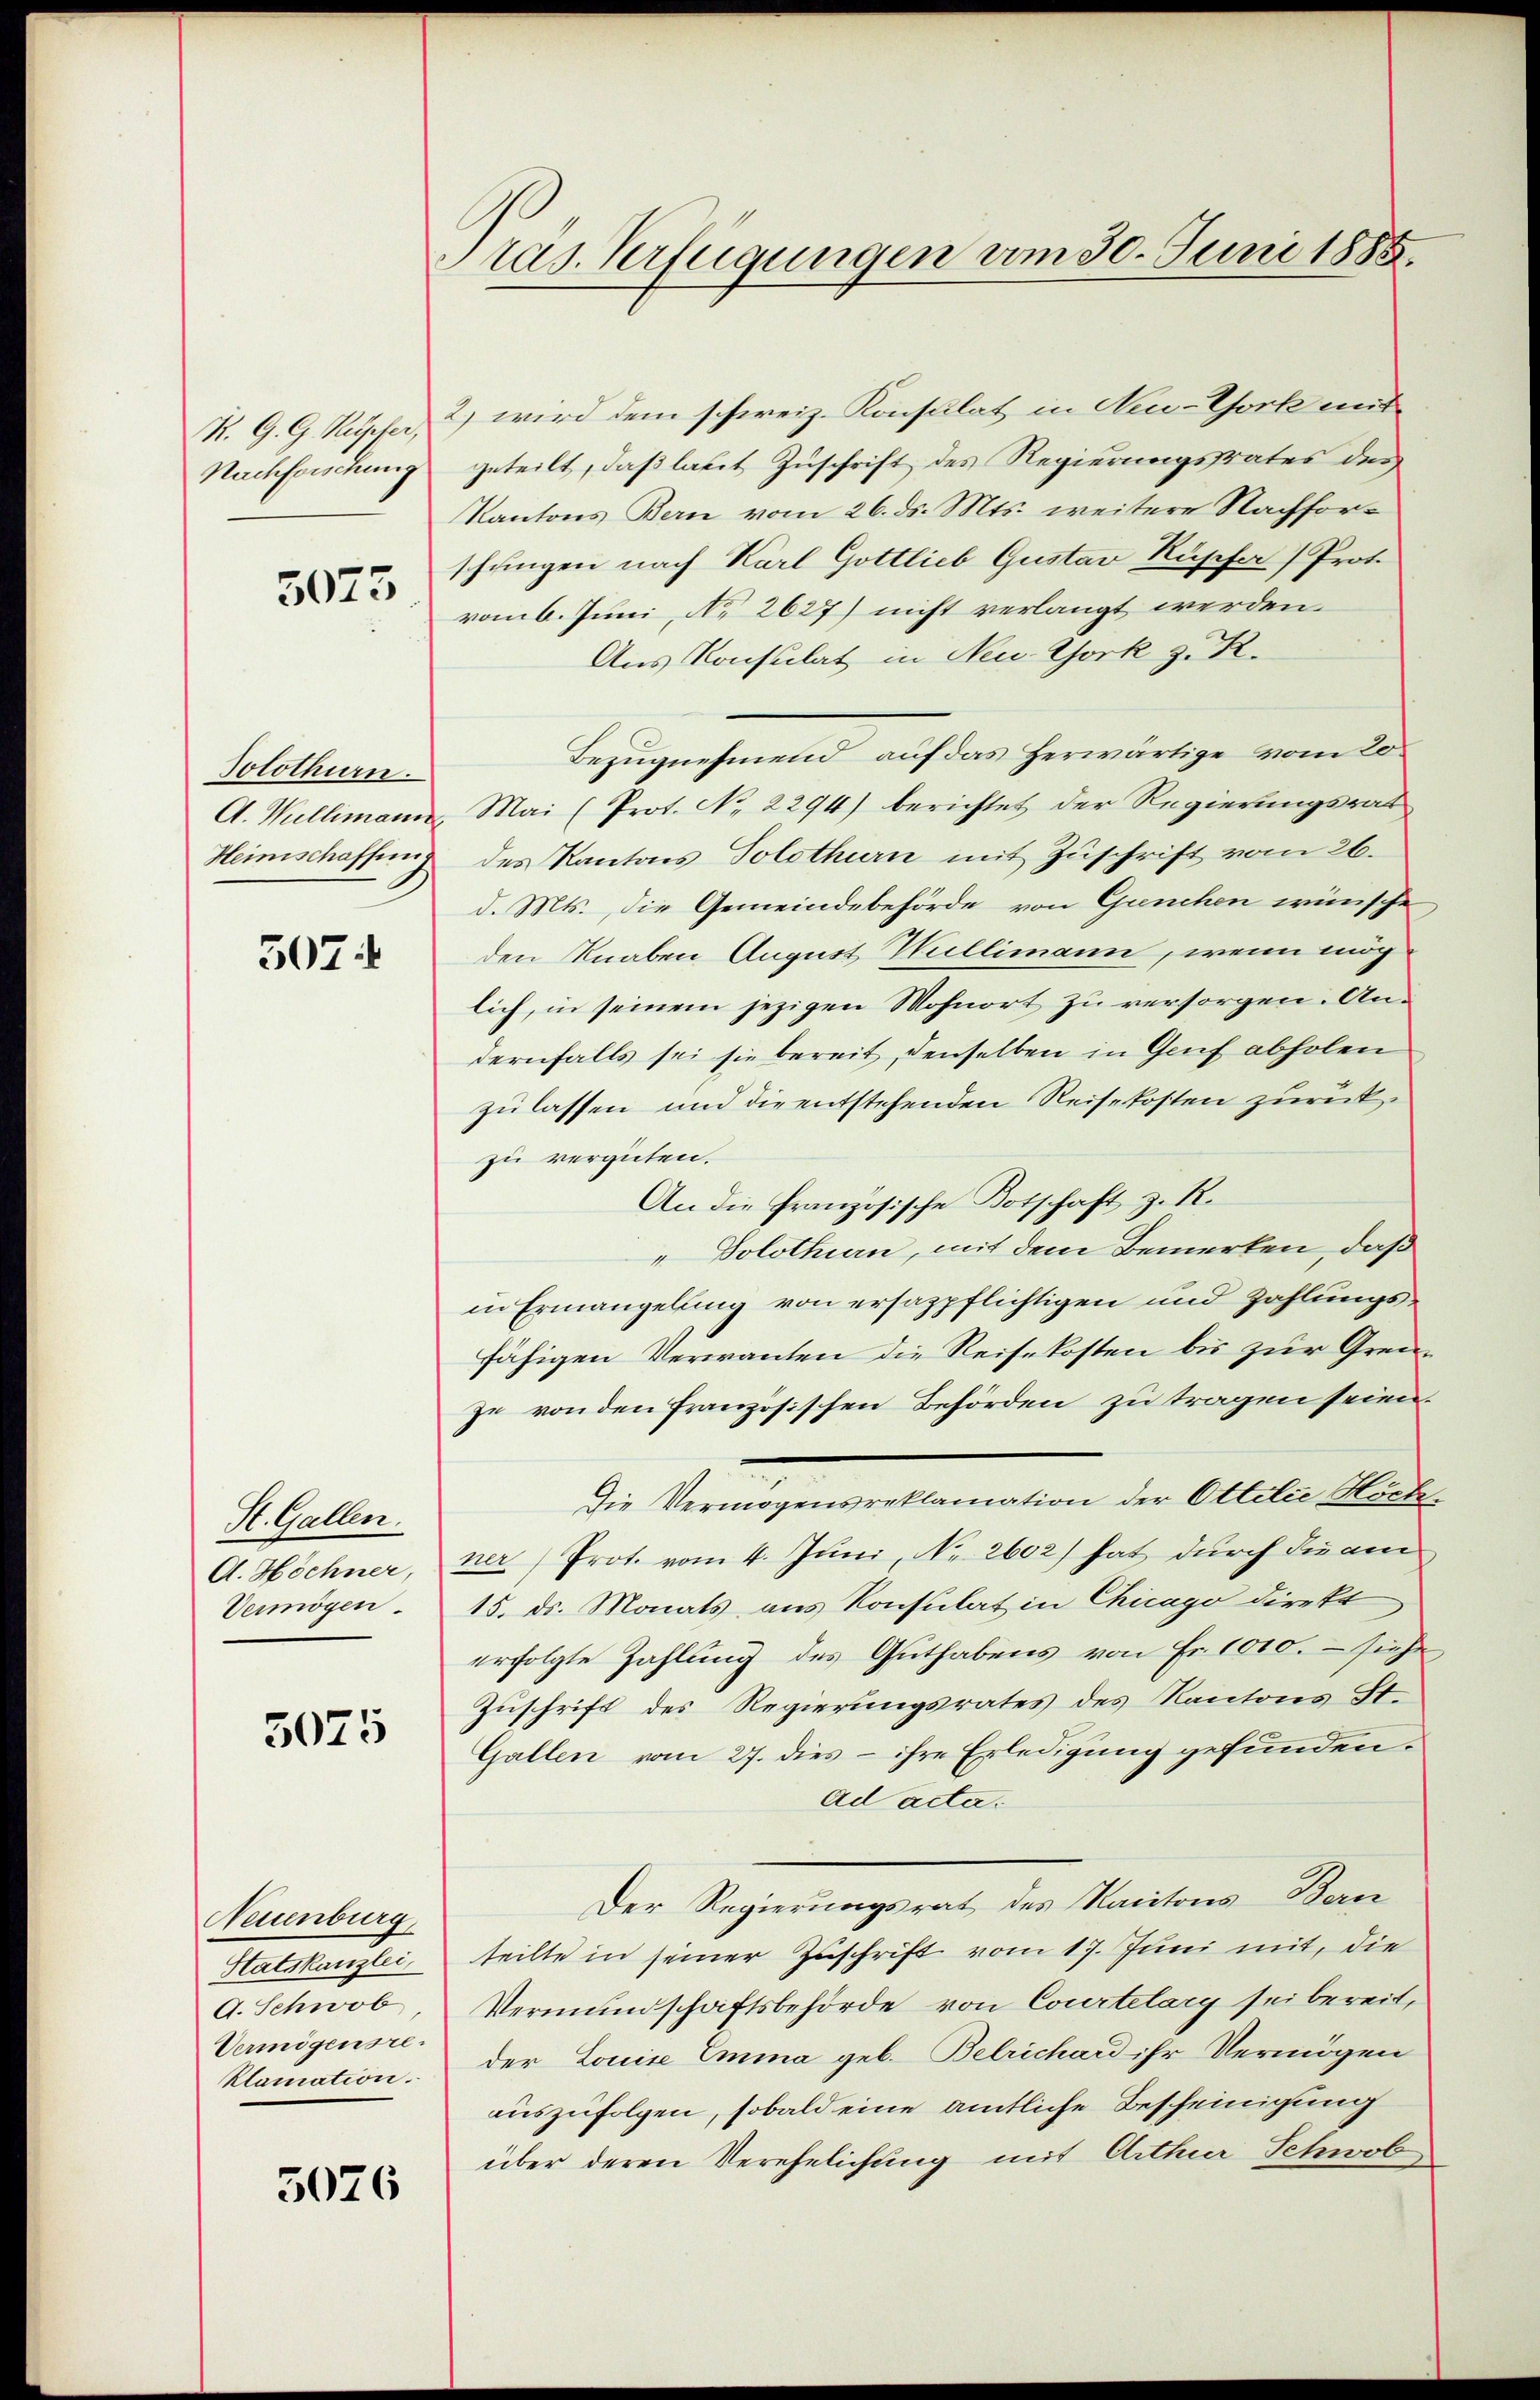
Nachforschung

3073

Solothurn.
A. Wullimann
Heimschaffung

307.

St. Gallen.
A. Höchner,
Vermögen.

5075

Neuenburg,
Matthausen
A. Schwob
Vermögensreklamation.

5076

Pras. Verfügungen vom 30. Juni 1885.

K. G. G. Kupfer, 2) wird dem schweiz. Konsulat in Neu-York mit
geteilt, daß laut Zuschrift des Regierungsstrates den
Kantons Bern vom 26. ds. Mts. weitere Nachforschungen nach Karl Gottlieb Gustav Rüsche Prot.
vom 6. Juni, No 2627) nicht verlangt werden.
Aus Konsulat in Neu York z. R.
Bezugnehmend, auf das herwärtige vom 20
Mai (Prot. No 2294) berichtet der Regierungsrat
des Kantons Solothurn mit Zuschrift vom 26.
d. Mts., die Gemeindebehörde von Ganchen wünsche
den Knaben August Wullimann, wenn möch
lich, in seinem jezigen Mohnort zu versorgen. Andernfalls sei sie bereit, denselben in Gruf abholen
zu lassen und die entstehenden Reisekosten zurückzu vergüten.
An die Französische Botschaft z. R.
Solothurn, mit dem Bemerken, daß
in Ermangelung von ersazpflichtigen und Zahlungsfähigen Verwanten die Reisekosten bis zur Grenze von den französischen Behörden zu tragen seien.
Die Vermögensreklamation der Ottilie Höchner) Prot. vom 4. Juni, Nr. 2602) hat durch die am
15. ds. Monats, aus Konsulat in Chicago direkt
erfolgte Zahlung des Guthabens von Fr. 1010. – siehe
Zuschrift des Regierungsrates des Kantons St.
Gallen vom 27. dies - ihre Erledigung gefunden.
ad acta.
Der Regierungsrat des Kantons Ban
teilte in seiner Zuschrift vom 17. Juni mit, die
Vermundschaftsbehörde von Courtelary sei bereit,
der Louise Emma geb. Belrichard ihr Vermögen
auszufolgen, sobald eine amtliche Bescheinigung
über deren Verehelichung mit Arthier Schwob